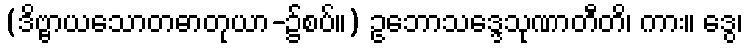
(ဒိဗ္ဗာယသောတဓာတုယာ-၌စပ်။) ဥဘောသဒ္ဒေသုဏာတီတိ၊ ကား။ ဒွေ၊